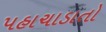
પહાચાડાતો